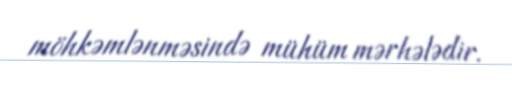
möhkəmlənməsində mühüm mərhələdir.